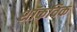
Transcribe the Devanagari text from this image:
शॉकविक